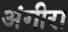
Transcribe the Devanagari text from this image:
अंगीरा